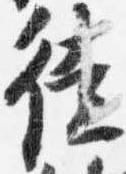
徒